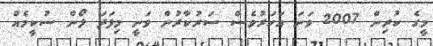
މީގެ ކުރިން 2007 ވަނަ އަހަރުވެސް ސަރުކާރުން ވަނީ މިފަދަ ލޯން ސުކީމެއް